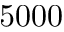
5 0 0 0